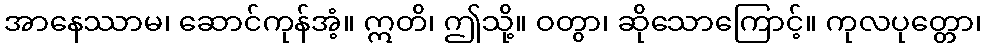
အာနေဿာမ၊ ဆောင်ကုန်အံ့။ ဣတိ၊ ဤသို့။ ဝတွာ၊ ဆိုသောကြောင့်။ ကုလပုတ္တော၊